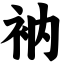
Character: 衲